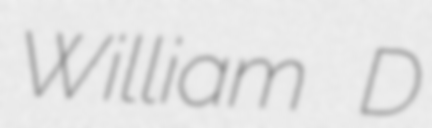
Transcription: William D